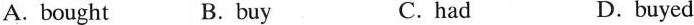
A. bought B.buy C.had D.buyed